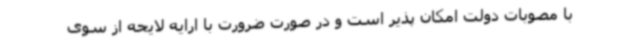
با مصوبات دولت امکان پذیر است و در صورت ضرورت با ارایه لایحه از سوی